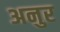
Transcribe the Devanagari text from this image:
अनुर